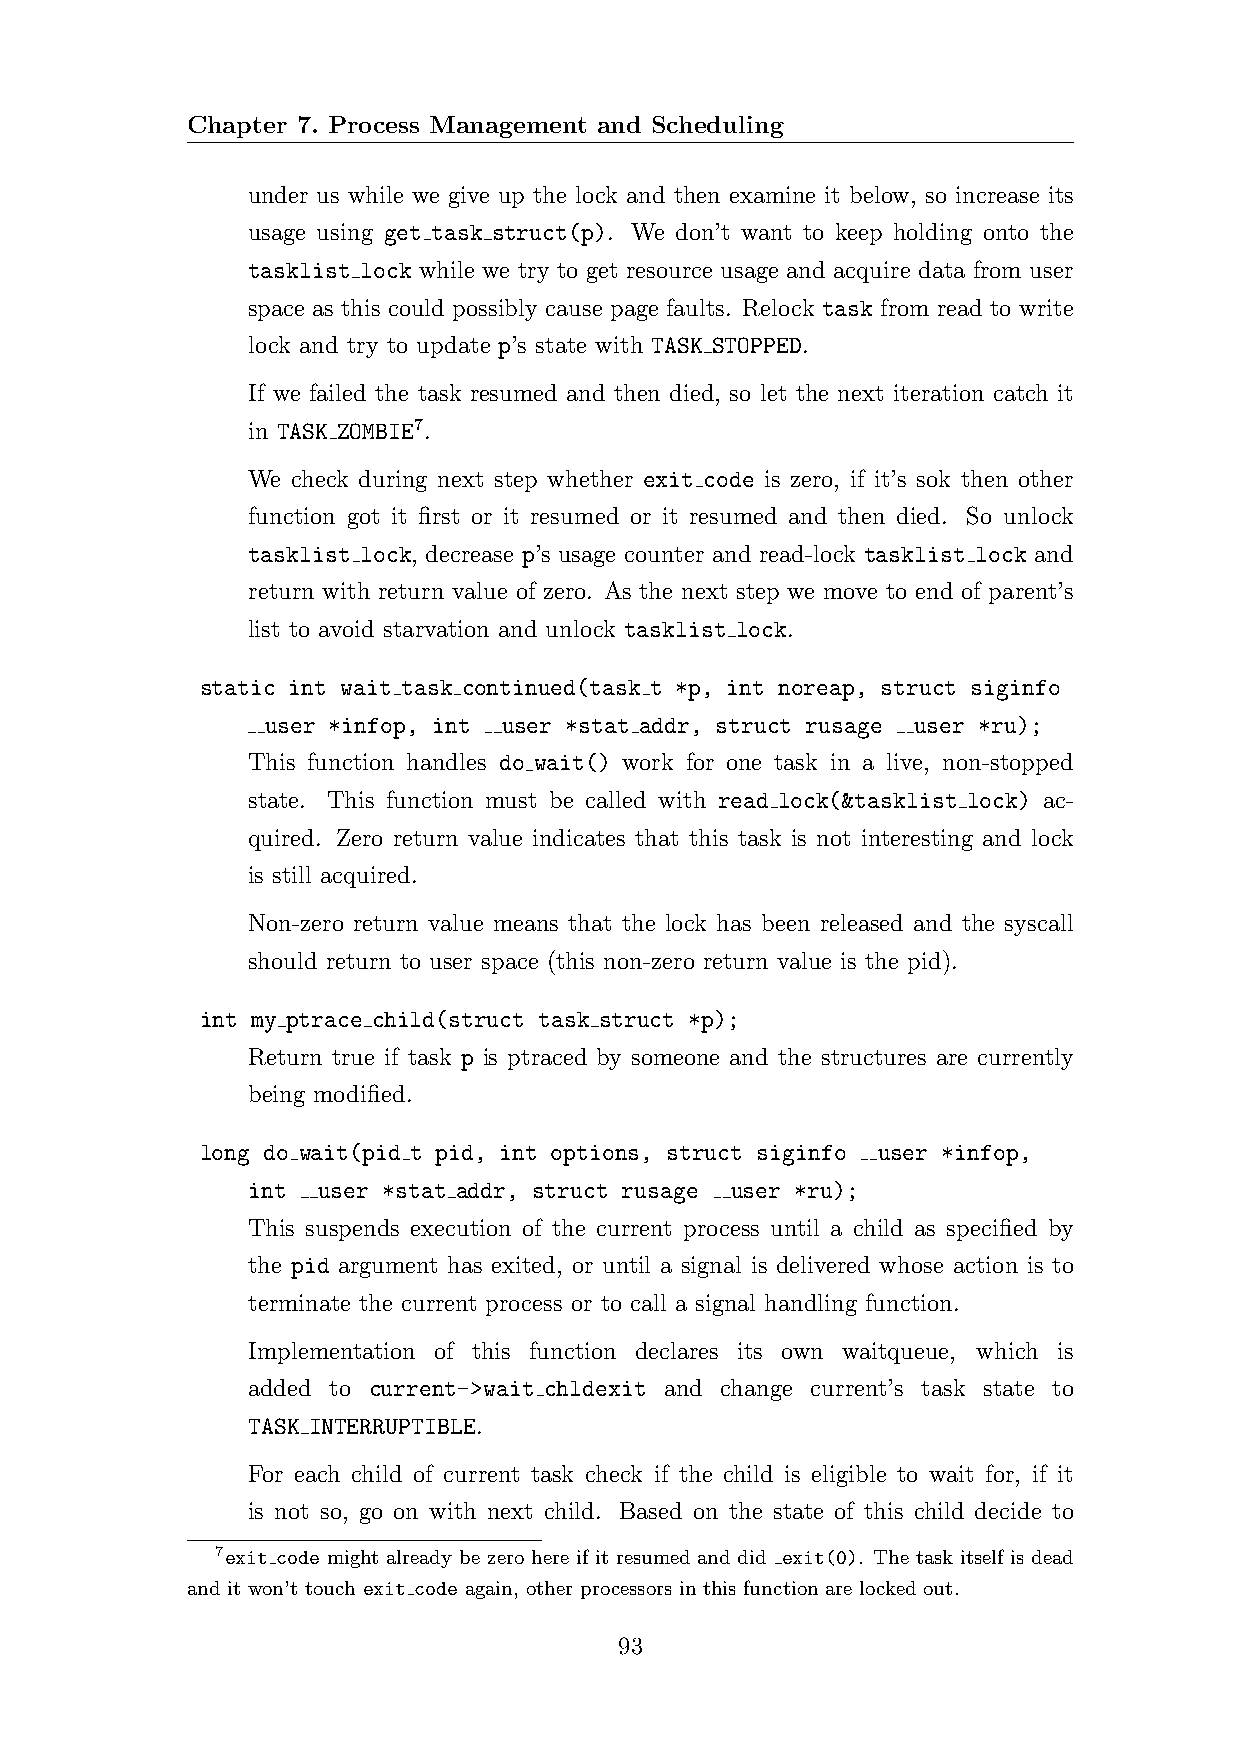
Chapter 7. Process Management and Scheduling
 under us while we give up the lock and then examine it below, so increase its
 usage using get task struct(p). We don’t want to keep holding onto the
 tasklist lock while we try to get resource usage and acquire data from user
 space as this could possibly cause page faults. Relock task from read to write
 lock and try to update p’s state with TASK STOPPED.
 If we failed the task resumed and then died, so let the next iteration catch it
 in TASK ZOMBIE7.
 We check during next step whether exit code is zero, if it’s sok then other
 function got it first or it resumed or it resumed and then died. So unlock
 tasklist lock, decrease p’s usage counter and read-lock tasklist lock and
 return with return value of zero. As the next step we move to end of parent’s
 list to avoid starvation and unlock tasklist lock.
 static int wait task continued(task t *p, int noreap, struct siginfo
 user *infop, int user *stat addr, struct rusage user *ru);
 This function handles do wait() work for one task in a live, non-stopped
 state. This function must be called with read lock(&tasklist lock) ac-
 quired. Zero return value indicates that this task is not interesting and lock
 is still acquired.
 Non-zero return value means that the lock has been released and the syscall
 should return to user space (this non-zero return value is the pid).
 int my ptrace child(struct task struct *p);
 Return true if task p is ptraced by someone and the structures are currently
 being modified.
 long do wait(pid t pid, int options, struct siginfo user *infop,
 int  user *stat addr, struct rusage user *ru);
 This suspends execution of the current process until a child as specified by
 the pid argument has exited, or until a signal is delivered whose action is to
 terminate the current process or to call a signal handling function.
 Implementation of this function declares its own waitqueue, which is
 added to current->wait chldexit and change current’s task state to
 TASK INTERRUPTIBLE.
 For each child of current task check if the child is eligible to wait for, if it
 is not so, go on with next child. Based on the state of this child decide to
 7exit code might already be zero here if it resumed and did exit(0). The task itself is dead
 and it won’t touch exit code again, other processors in this function are locked out.
 93